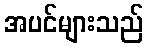
အပင်များသည်